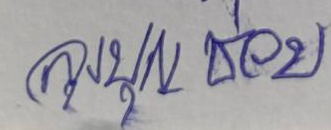
ลุงบุญช่วย